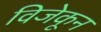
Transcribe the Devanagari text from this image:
विजेकून